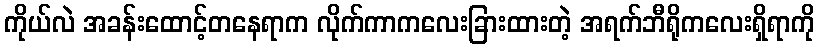
ကိုယ်လဲ အခန်းထောင့်တနေရာက လိုက်ကာကလေးခြားထားတဲ့ အရက်ဘီရိုကလေးရှိရာကို